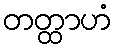
တတ္ထာဟံ